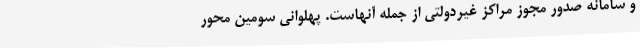
و سامانه صدور مجوز مراکز غیردولتی از جمله آنهاست. پهلوانی سومین محور